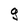
Character: g